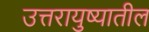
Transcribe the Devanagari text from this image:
उत्तरायुष्यातील